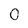
Character: 0